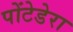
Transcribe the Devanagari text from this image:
पोंटेडेरा